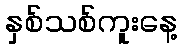
နှစ်သစ်ကူးနေ့